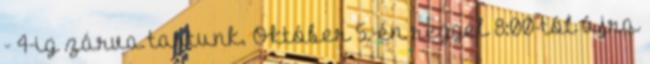
- 4-ig zárva tartunk. Október 5.-én reggel 8:00-tól újra